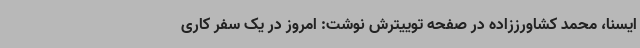
ایسنا، محمد کشاورززاده در صفحه توییترش نوشت: امروز در یک سفر کاری